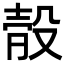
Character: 𣪛